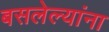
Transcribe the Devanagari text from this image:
बसलेल्यांना